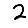
Digit: 2